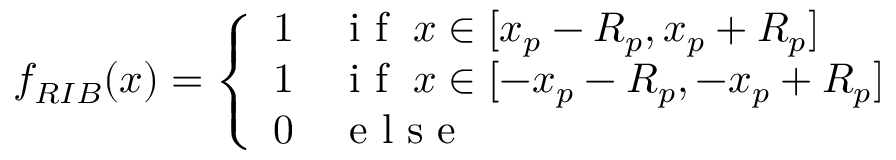
f _ { R I B } ( x ) = \left\{ \begin{array} { l l } { 1 } & { \mathrm { ~ i ~ f ~ } \; x \in [ x _ { p } - R _ { p } , x _ { p } + R _ { p } ] } \\ { 1 } & { \mathrm { ~ i ~ f ~ } \; x \in [ - x _ { p } - R _ { p } , - x _ { p } + R _ { p } ] } \\ { 0 } & { \mathrm { ~ e ~ l ~ s ~ e ~ } } \end{array} \right.